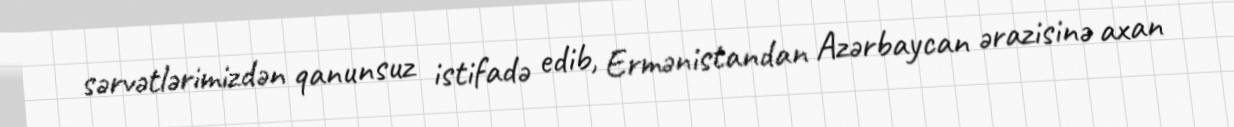
sərvətlərimizdən qanunsuz istifadə edib, Ermənistandan Azərbaycan ərazisinə axan